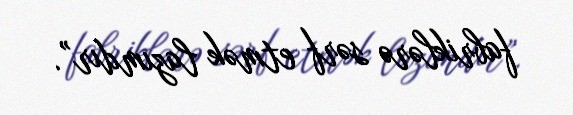
fabriklərə sərf etmək lazımdır”.